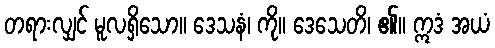
တရားလျှင် မူလရှိသော။ ဒေသနံ၊ ကို။ ဒေသေတိ၊ ၏။ ဣဒံ အယံ